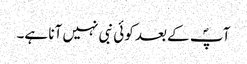
آپؐ کے بعد کوئی نبی نہیں آنا ہے۔